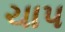
ચાપ